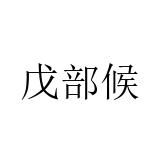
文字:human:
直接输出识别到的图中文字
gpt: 戊部候